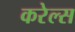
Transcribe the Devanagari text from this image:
करेल्स